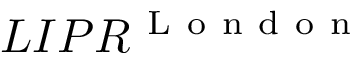
L I P R ^ { \mathrm { ~ L ~ o ~ n ~ d ~ o ~ n ~ } }